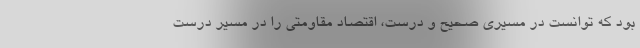
بود که توانست در مسیری صحیح و درست، اقتصاد مقاومتی را در مسیر درست